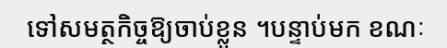
ទៅសមត្ថកិច្ចឱ្យចាប់ខ្លួន ។បន្ទាប់មក ខណៈ